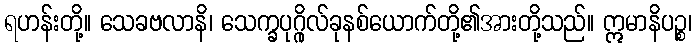
ရဟန်းတို့။ သေခဗလာနိ၊ သေက္ခပုဂ္ဂိုလ်ခုနစ်ယောက်တို့၏အားတို့သည်။ ဣမာနိပဉ္စ၊